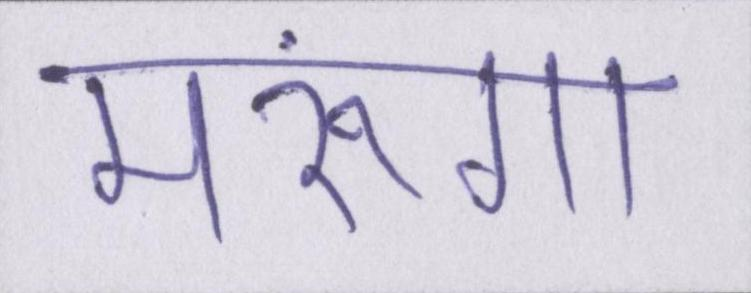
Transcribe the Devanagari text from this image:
मरूंगा